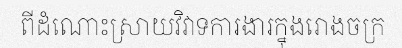
ពីដំណោះស្រាយវិវាទការងារក្នុងរោងចក្រ